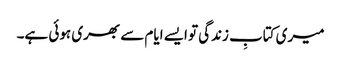
میری کتابِ زندگی تو ایسے ایام سے بھری ہوئی ہے۔